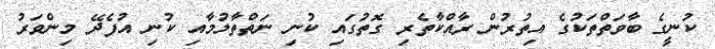
ކުނީގެ ބާވަތްތަކުގެ އިތުރުން ރާއްކާތެރި ގޮތުގައި ކުނި ނަތްތާލުމާއި ކުނި އުފެދޭ މިންވަރު